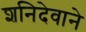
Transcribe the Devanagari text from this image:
शनिदेवाने